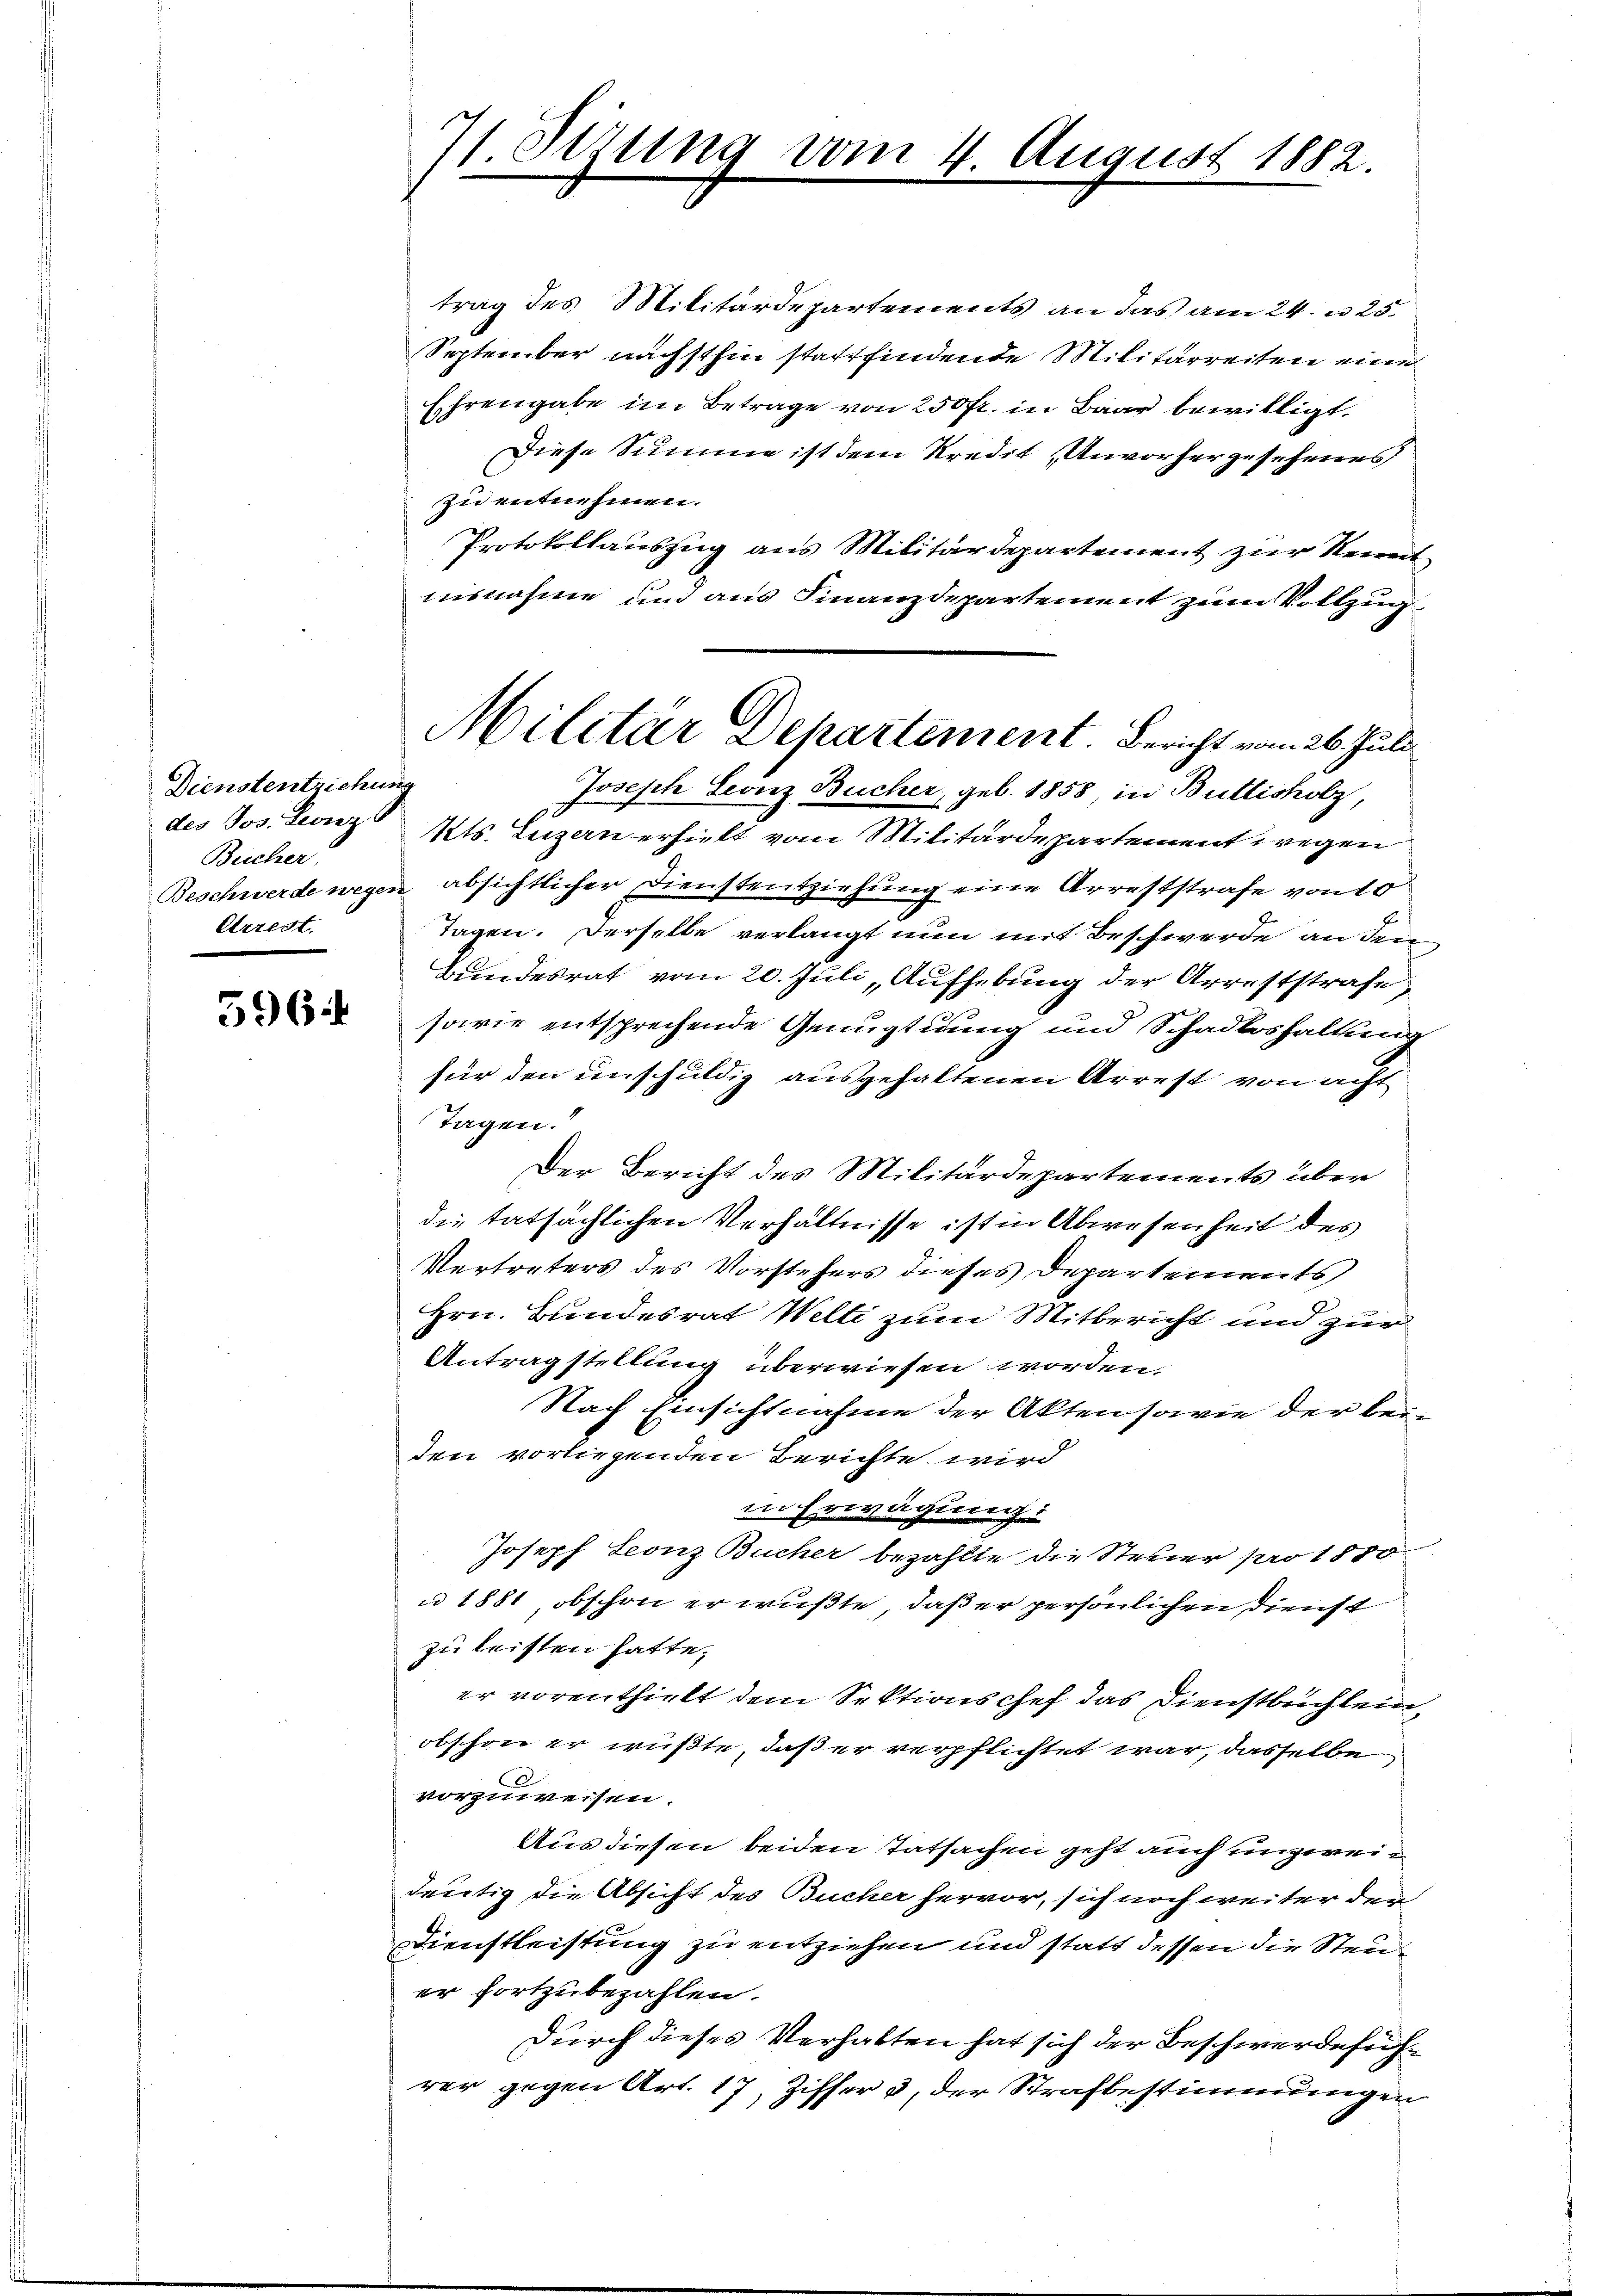
Dienstentziehung
Bucher
Erregt.

596.

71. Sitzung vom 4. August 1882.

trag des Militärdepartements an das am 24. u. 25.
September nächsthin stattfindende Militärreiten eine
Ehrengabe im Betrage von 250 fr. in Baar bewilligt.
Diese Summe ist dem Kredit Unvorhergesehenes
zu entnehmen.
Protokollauszug aus Militärdepartement zur Kenntnisnahme und aus Finanzdepartement zum Vollzug
Joseph Leonz Bucher, geb. 1858 in Butticholz,
des Jos. Leonz Kts. Luzern erhielt vom Militärdepartement wegen
Beschwerde wegen absichtlicher Dienstentziehung eine Arreststrafe von 10
Tagen. Derselbe verlangt nun mit Beschwerde an dem
Bundesrat vom 20. Juli „Aufhebung der Arreststrafe
sowie entsprechende Genugtuung und Schadloshaltung
für den unschuldig ausgehaltenen Arrest von acht
Tagen.
Der Bericht des Militärdepartements über
die tatsächlichen Verhältnisse ist in Abwesenheit des
Vertreters des Vorstehers dieses Departements
Hrn. Bundesrat Welti zum Mitbericht und zur
Antragstellung überwiesen worden.
Nach Einsichtnahme der Akten sowie der bei-
den vorliegenden Berichte wird
in Erwägung:
Joseph Leonz Bucher bezahlte die Steuer pro 1850
u 1881 obschon er wußte, daß er persönlichen Dienst
zu leisten hatte.
er vorenthielt dem Sektionschef das Dienstbuchlein,
obschon er wußte, daß er verpflichtet war, dasselbe
vorzuweisen.
Aus diesen beiden Tatsachen geht auch unzweideutig die Absicht des Bucher hervor, sich noch weiter den
Dienstleistung zu entziehen und statt dessen die Steuer fortzubezahlen.
Durch dieses Verhalten hat sich der Beschwerdeführer gegen Art. 17, Ziffer 3, der Strafbestimmungen

Militär Departement. Bericht vom 26. Juli